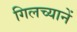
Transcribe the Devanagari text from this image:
गिलच्यानें